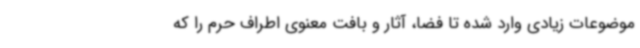
موضوعات زیادی وارد شده تا فضا، آثار و بافت معنوی اطراف حرم را که